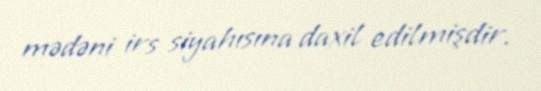
mədəni irs siyahısına daxil edilmişdir.